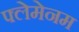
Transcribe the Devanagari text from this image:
फ्लेमेनम